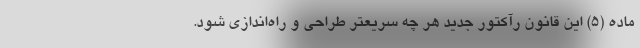
ماده (۵) این قانون رآکتور جدید هر چه سریعتر طراحی و راه‌اندازی شود.